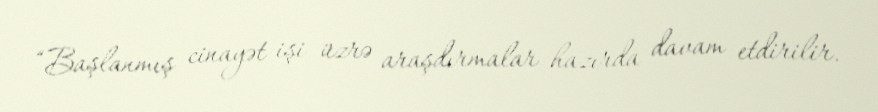
“Başlanmış cinayət işi üzrə araşdırmalar hazırda davam etdirilir.